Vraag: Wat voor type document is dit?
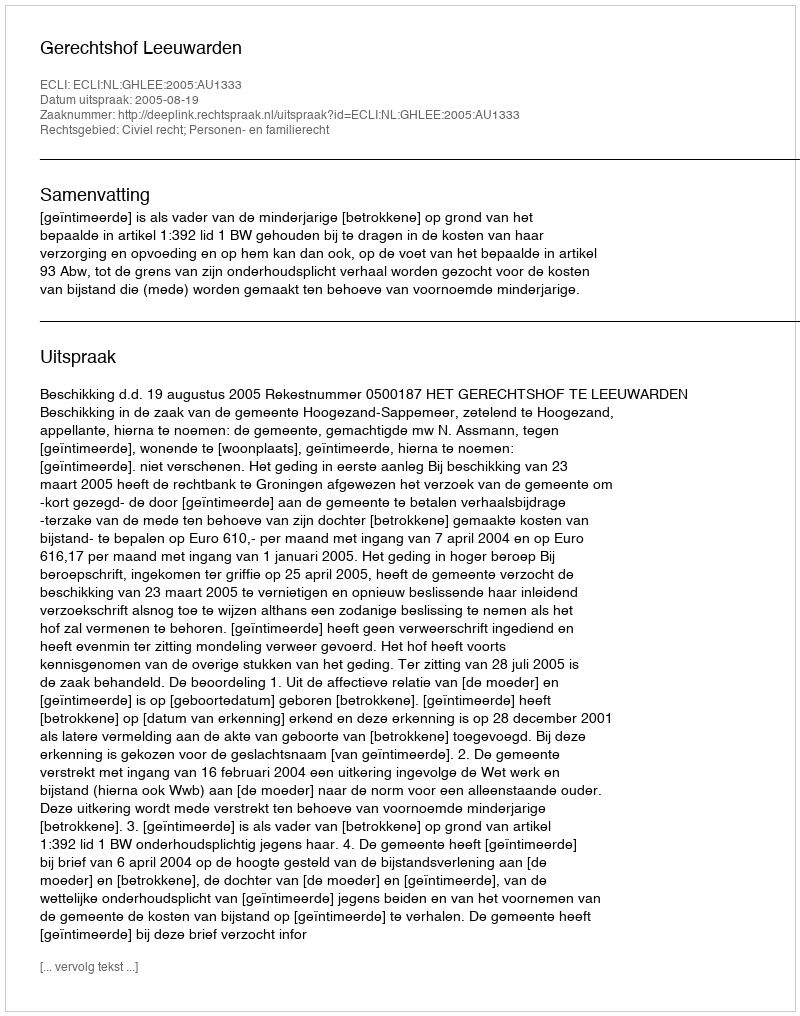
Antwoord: Uitspraak